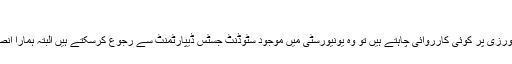
‘
عدنان خان کے مطابق اگر طلبا نظم و ضبط کی خلاف ورزی پر کوئی کارروائی چاہتے ہیں تو وہ یونیورسٹی میں موجود سٹوڈنٹ جسٹس ڈیپارٹمنٹ سے رجوع کرسکتے ہیں البتہ ہمارا انصاف کا نظام سزا کے بجائے اصلاح کو ترجیح دیتا ہے۔